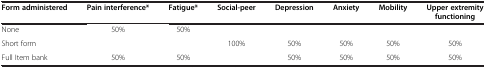
<table><thead><tr><td><b>Form administered</b></td><td><b>Pain interference*</b></td><td><b>Fatigue*</b></td><td><b>Social-peer</b></td><td><b>Depression</b></td><td><b>Anxiety</b></td><td><b>Mobility</b></td><td><b>Upper extremity functioning</b></td></tr></thead><tbody><tr><td>None</td><td>50%</td><td>50%</td><td> </td><td> </td><td> </td><td> </td><td> </td></tr><tr><td>Short form</td><td> </td><td> </td><td>100%</td><td>50%</td><td>50%</td><td>50%</td><td>50%</td></tr><tr><td>Full Item bank</td><td>50%</td><td>50%</td><td> </td><td>50%</td><td>50%</td><td>50%</td><td>50%</td></tr></tbody></table>